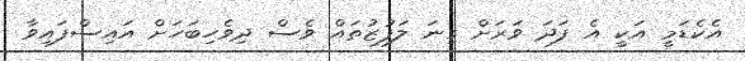
އެކެޑަމީ އަކީ އެ ފަދަ ވަރަށް ގިނަ ލަފުޒުތައް ވެސް ދިވެހިބަހަށް އައިސްފައިވާ